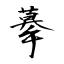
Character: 摹